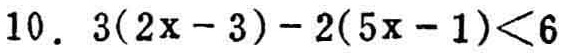
10. \(3(2x - 3)-2(5x - 1)<6\)